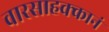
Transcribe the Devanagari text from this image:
वारसाहक्कानं